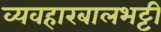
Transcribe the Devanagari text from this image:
व्यवहारबालभट्टी